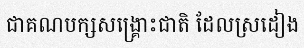
ជាគណបក្សសង្គ្រោះជាតិ ដែលស្រដៀង